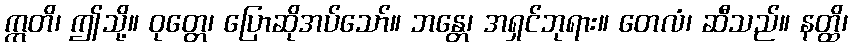
ဣတိ၊ ဤသို့။ ဝုတ္တေ၊ ပြောဆိုအပ်သော်။ ဘန္တေ၊ အရှင်ဘုရား။ တေလံ၊ ဆီသည်။ နတ္ထိ၊